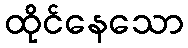
ထိုင်နေသော